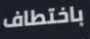
باختطاف